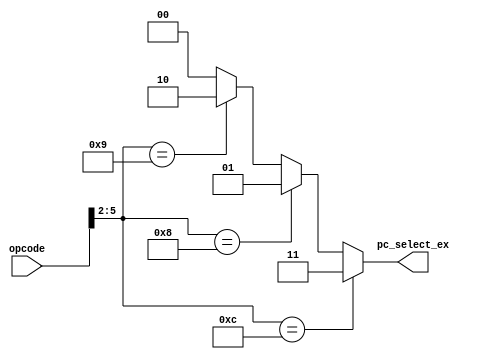
module PC_SELECT_FROM_OPCODE(opcode,pc_select_ex);


input [5:0]opcode;
output reg [1:0]pc_select_ex;

always@(*)

begin

if (opcode[5:2]==4'b1100)
   pc_select_ex<=2'b11;
else if (opcode[5:2]==4'b1000)
  pc_select_ex<=2'b01;
else if (opcode[5:2]==4'b1001)
  pc_select_ex<=2'b10;
else
  pc_select_ex<=2'b00;

end



endmodule